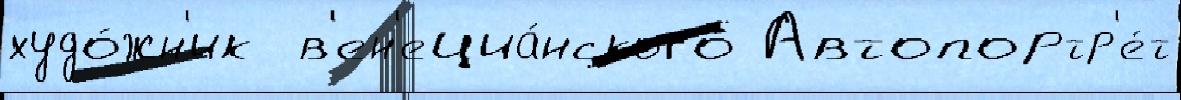
худо́жн'ик  в'ен'ециа́нского Автопортр'е́т